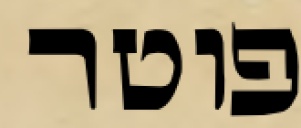
פוטר